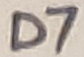
Text: D7